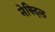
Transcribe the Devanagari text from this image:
नेक्दिल